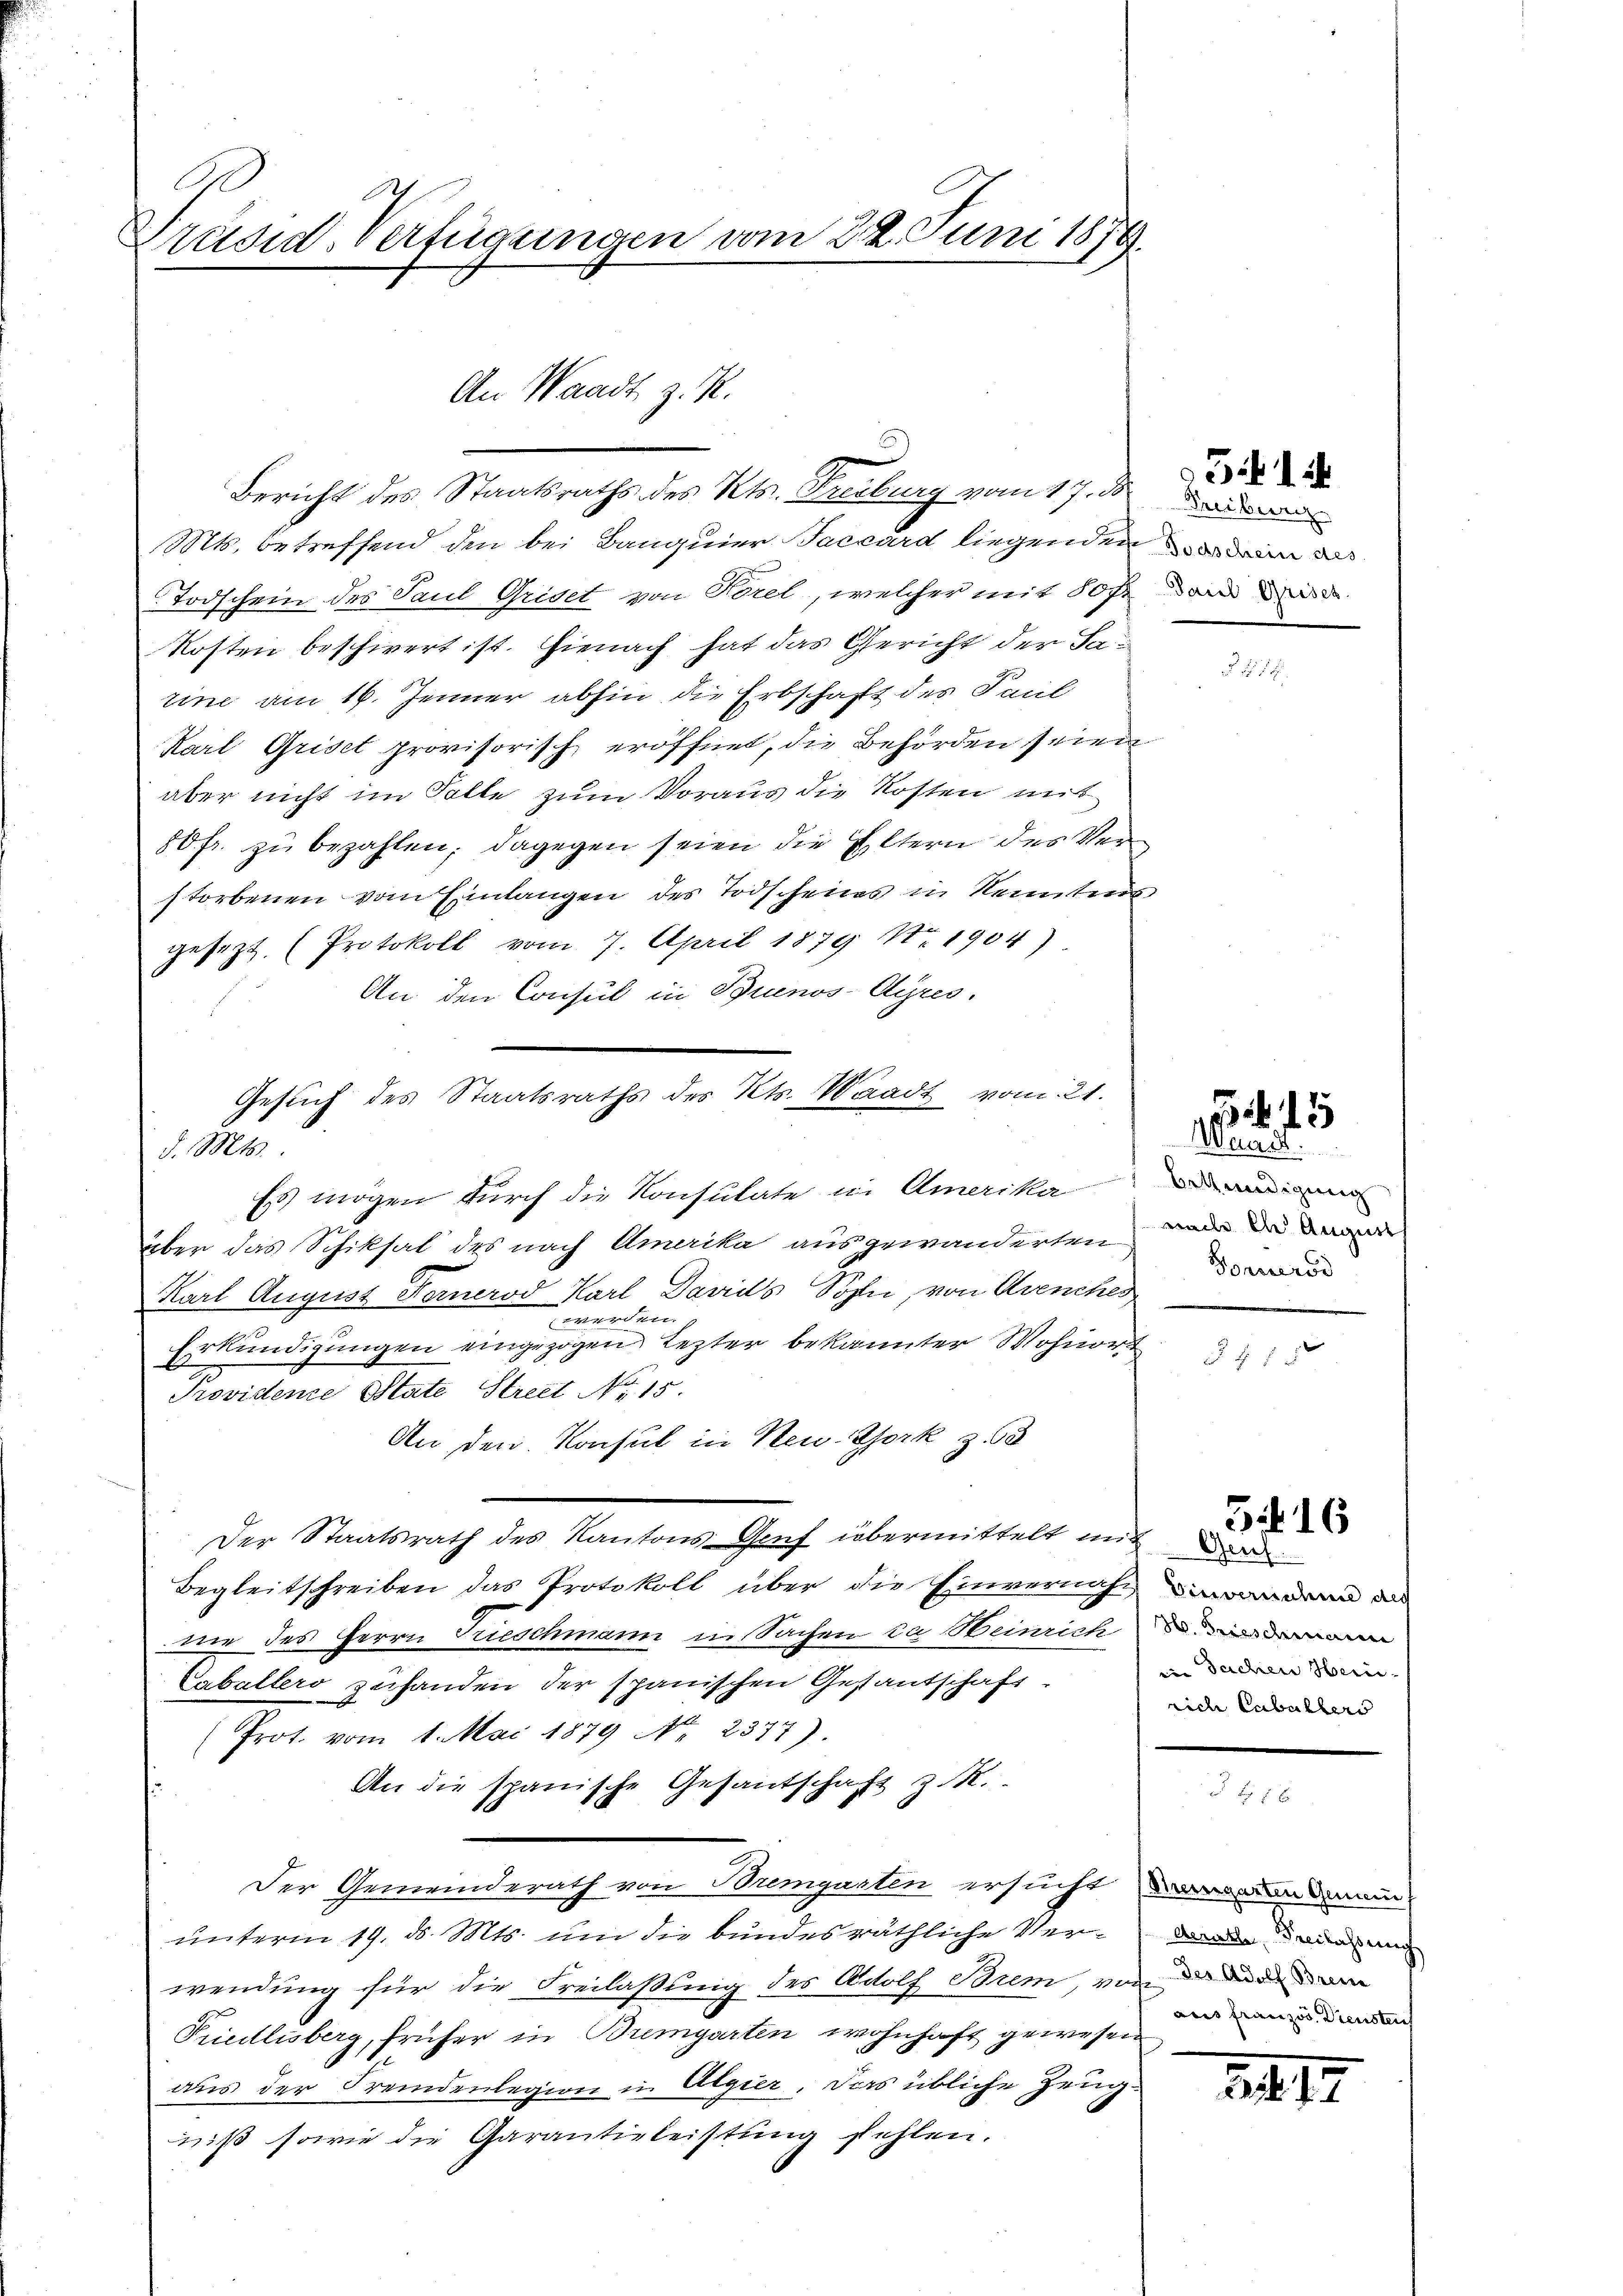
A
Präsid-Verfügungen vom 22. Juni 1879.

d. Mts.

An Waadt z. R.
Bericht des Staatsraths des Kts. Freiburg vom 17. d.

Mts. betreffend den bei Banquier Saccord liegenden in das
Todschein des Paul Griset von Forel, welcher mit 80fr. dann di
Kosten beschwert ist. Hienach hat das Gericht der Satine am 16. Jenner abhin die Erbschaft des Paul
Karl Griset provisorisch eröffnet, die Behörden seien
aber nicht im Solle zum Voraus die Kosten mit
80 fr. zu bezahlen; dagegen seien die Eltern des Verstorbenen vom Einlangen des Todscheins in Kenntens
gesezt. (Protokoll vom 7. April 1879 Nr. 1904)
An den Consul in Buenos-Ayres,
Es mögen durch die Konsulate in Amerikani
über das Schiksal des nach Amerika ausgewanderten wir du au
Karl August Fernerod Karl Davids Sohn, von Avenches
werden.
Erkundigungen eingezogen Lezter bekannter Wohnort
Providente State Street No 15.
An den Konsul in New-York z
Der Staatsrath des Kantons Genf übermittelt mit der
Begleitschreiben das Protokoll über die Einvernach dann d
nie des Herrn Trieschmann in Sachen ca Weinrich
Cabellers zufanden der spanischen Gestantschaft
(Prot. vom 1. Mai 1879 No 2377).
An die spanische Gesandschaft z. R.
Der Gemeinderath von Bremgarten ersucht, wendun
unterm 19. ds. Mts. um die bundesräthliche Verwendung für die Freilaßung des Adolf Brem von der ande
Priedlisberg, früher in Bremgarten wohnhaft gewesen
aus der Fremdenlegion in Algier. Das übliche Zeugniß sowie die Garantieleistŭng fehlen.

Gesuch des Staatsraths des Kts. Waadt vom 21.

514

15
Wandb.

Forners

r

in Sachen Heri-
rich Cubalters

5 16

Aerathe, Freilassung
aus französ. Diensteich

1217